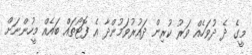
މީގެ ދެ ދުވަހެއް ވަރު ކުރިން ދައުރުވަމުންދާ އެ ފޮޓޯތައް ބައެއް މީހުންނަށް